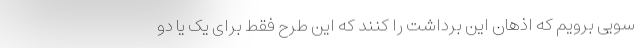
سویی برویم که اذهان این برداشت را کنند که این طرح فقط برای یک یا دو